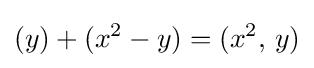
(y)+(x^{2}-y)=(x^{2},\,y)